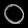
Digit: ၀